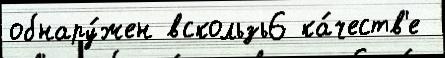
обнару́жен вскользь6 ка́честв'е